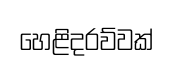
හෙළිදරව්වක්